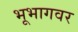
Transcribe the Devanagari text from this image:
भूभागवर